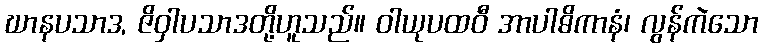
ဃာနပသာဒ, ဇိဝှါပသာဒတို့ဟူသည်။ ဝါယုပထဝီ အာပါဓိကာနံ၊ လွန်ကဲသော